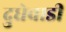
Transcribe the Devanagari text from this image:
दुधेवाडी